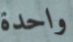
واحدة